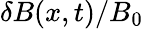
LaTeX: \delta B(x,t)/B_{0}